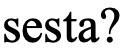
sesta?